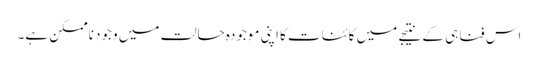
اس فناہی کے نتیجے میں کائنات کا اپنی موجودہ حالت میں وجود ناممکن ہے۔